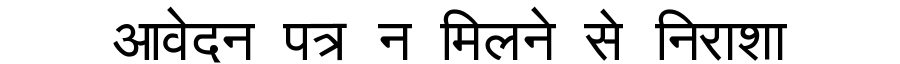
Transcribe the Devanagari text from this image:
आवेदन पत्र न मिलने से निराशा